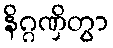
နိဂ္ဂဏှိတွာ